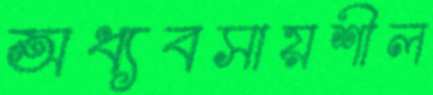
অধ্যবসায়শীল